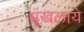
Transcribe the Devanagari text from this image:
श्रृंखलाये